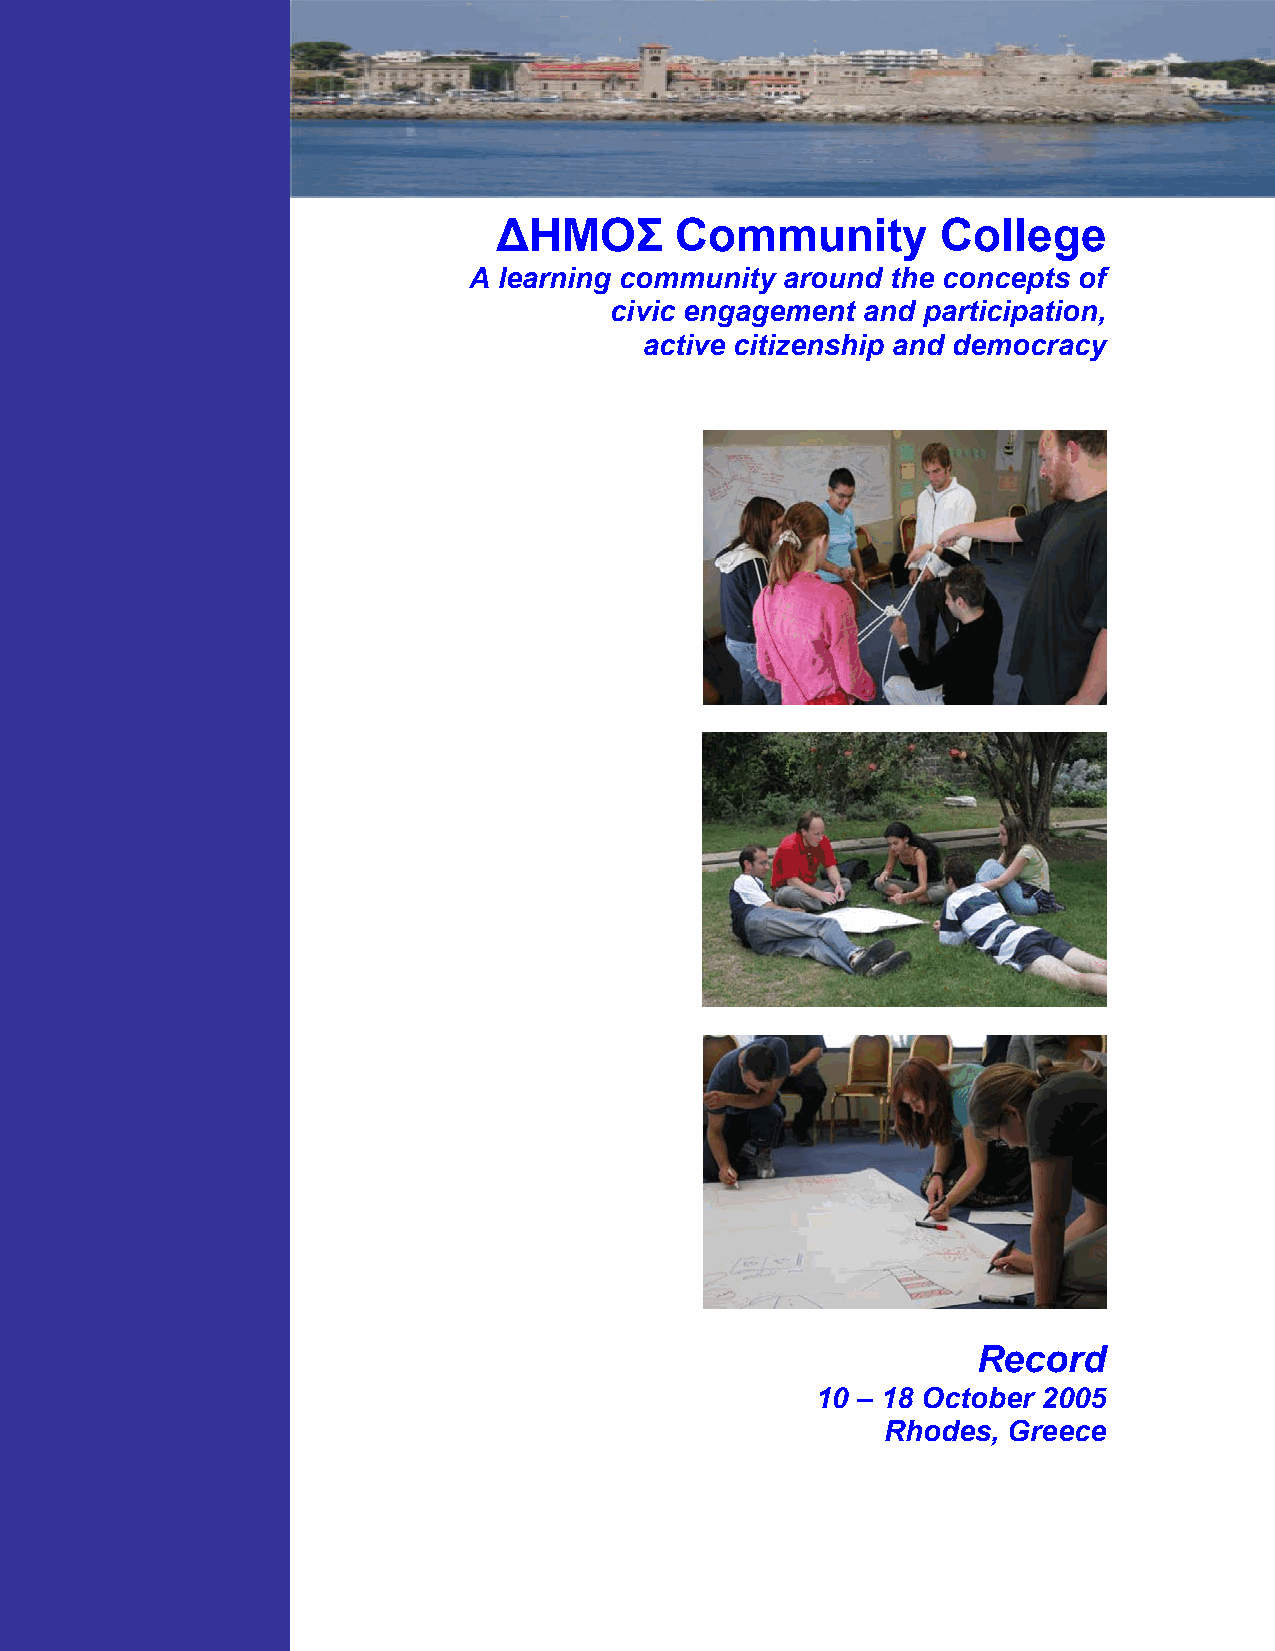
ΔΗΜΟΣ       Community        College
 A learning community around the concepts of
 civic engagement and participation,
 active citizenship and democracy
 Record
 10 – 18 October 2005
 Rhodes, Greece